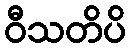
ဝီသတိပိ